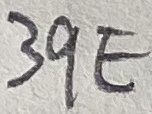
Text: 39E